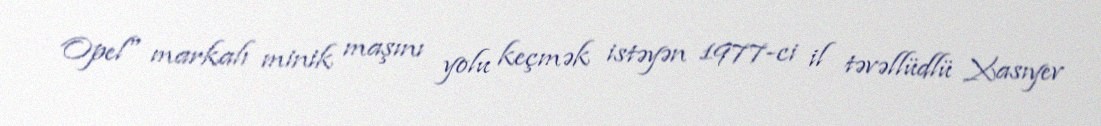
Opel" markalı minik maşını yolu keçmək istəyən 1977-ci il təvəllüdlü Xasıyev